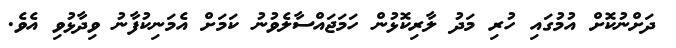
ދަށްނުކޮށް އުމުގައި ހުރި މަދު ލާރިކޮޅުން ހަމަޖައްސާލެވުނު ކަމަށް އެމަނިކުފާނު ވިދާޅުވި އެވެ.